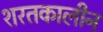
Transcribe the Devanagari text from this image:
शरतकालीन